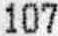
107